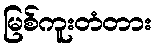
မြစ်ကူးတံတား